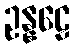
ဥန္နဠေ